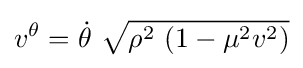
v^{\theta }={\dot {\theta }}\ {\sqrt {\rho ^{2}\ (1-\mu ^{2}v^{2})}}